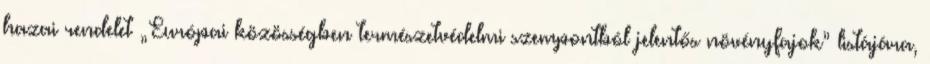
hazai rendelet „Európai közösségben természetvédelmi szempontból jelentős növényfajok” listájára,